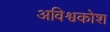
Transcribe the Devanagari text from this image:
अविश्वकोश